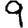
Digit: 9